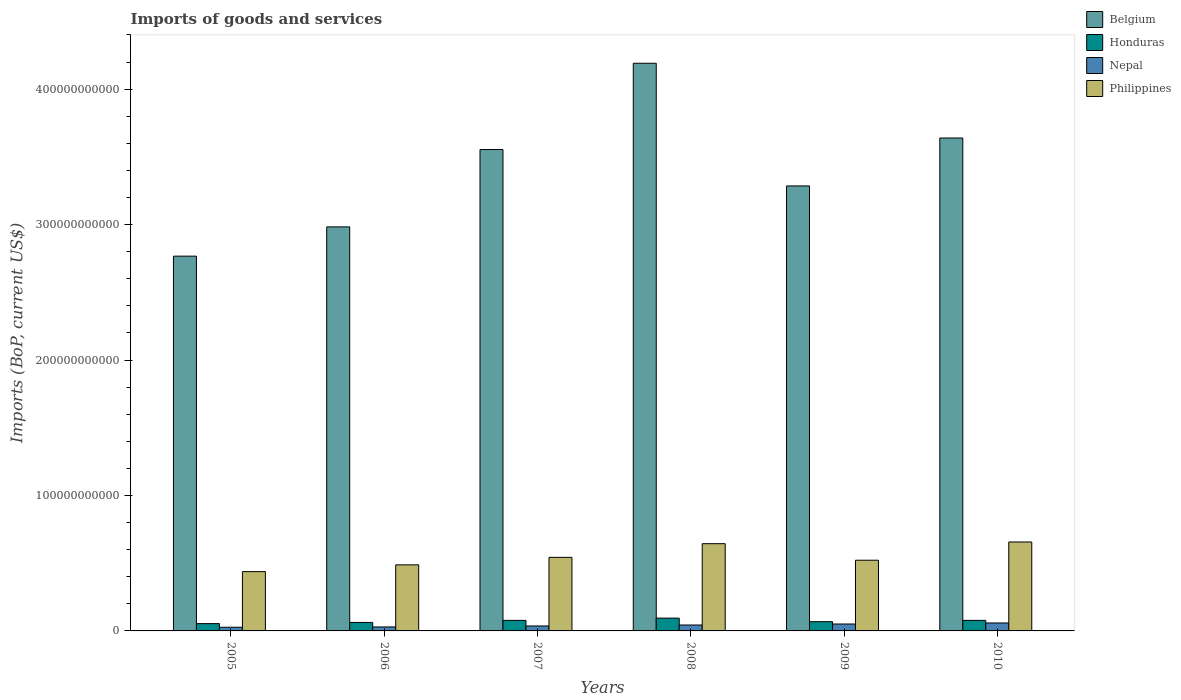
| Years | Belgium | Honduras | Nepal | Philippines |
 | --- | --- | --- | --- | --- |
 | 2005 | 2.77e+11 | 5.4e+09 | 2.71e+09 | 4.38e+10 |
 | 2006 | 2.98e+11 | 6.25e+09 | 2.93e+09 | 4.88e+10 |
 | 2007 | 3.55e+11 | 7.78e+09 | 3.66e+09 | 5.43e+10 |
 | 2008 | 4.19e+11 | 9.45e+09 | 4.37e+09 | 6.44e+10 |
 | 2009 | 3.29e+11 | 6.81e+09 | 5.1e+09 | 5.22e+10 |
 | 2010 | 3.64e+11 | 7.78e+09 | 5.88e+09 | 6.56e+10 |